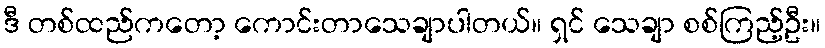
ဒီ တစ်ထည်ကတော့ ကောင်းတာသေချာပါတယ်။ ရှင် သေချာ စစ်ကြည့်ဦး။